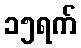
၁၅ရက်